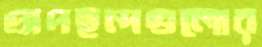
অপছন্দগুলোর